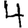
Digit: 4